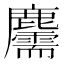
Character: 𪋯